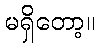
မရှိတော့။